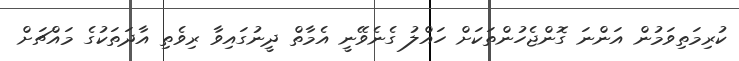
ކުރިމަތިވަމުން އަންނަ ގޮންޖެހުންތަކަށް ހައްލު ގެނެވޭނީ އެމާތް ދީނުގައިވާ ރިވެތި އާދަތަކުގެ މައްޗަށް